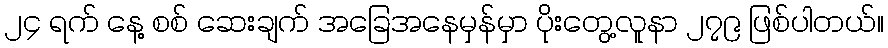
၂၄ ရက် နေ့ စစ် ဆေးချက် အခြေအနေမှန်မှာ ပိုးတွေ့လူနာ ၂၇၉ ဖြစ်ပါတယ်။